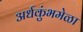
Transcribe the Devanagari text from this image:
अर्धकुंभमेळा